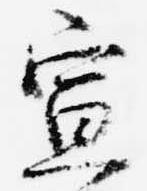
宣